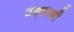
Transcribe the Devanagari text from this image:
उद्‌गामी